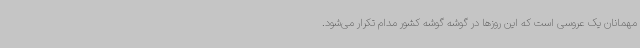
مهمانان یک عروسی است که این روزها در گوشه گوشه کشور مدام تکرار می‌شود.